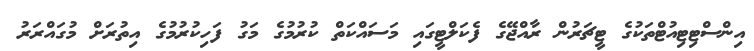
އިންސްޓިޓިއުޓްތަކުގެ ޓީޗަރުން ރާއްޖޭގެ ފެކަލްޓީގައި މަސައްކަތް ކުރުމުގެ މަގު ފަހިކުރުމުގެ އިތުރަށް މުގައްރަރު